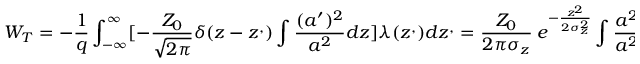
W _ { T } = - \frac { 1 } { q } \int _ { - \infty } ^ { \infty } [ { - \frac { Z _ { 0 } } { \sqrt { 2 \pi } } \delta ( z - z ^ { , } ) \int \frac { ( a ^ { \prime } ) ^ { 2 } } { a ^ { 2 } } d z } ] \lambda ( z ^ { , } ) d z ^ { , } = \frac { Z _ { 0 } } { 2 \pi \sigma _ { z } } \ e ^ { - \frac { z ^ { 2 } } { 2 \sigma _ { z } ^ { 2 } } } \int \frac { a ^ { 2 } } { a ^ { 2 } } d z .